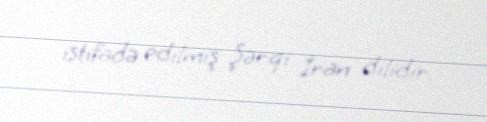
istifadə edilmiş Şərqi İran dilidir.